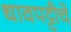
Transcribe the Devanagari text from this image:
धावपट्टीचे